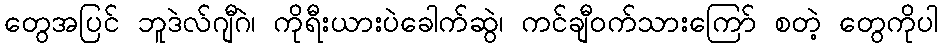
တွေအပြင် ဘူဒဲလ်ဂျီဂဲ၊ ကိုရီးယားပဲခေါက်ဆွဲ၊ ကင်ချီဝက်သားကြော် စတဲ့ တွေကိုပါ